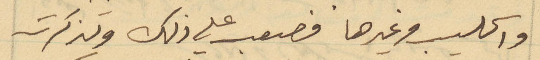
والحليب وغيرها فصعب علي ذلك وتذكرت